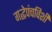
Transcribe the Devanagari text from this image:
गद्धेपंचविशी